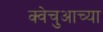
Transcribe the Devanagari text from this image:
क्वेचुआच्या